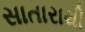
સાતારાથી